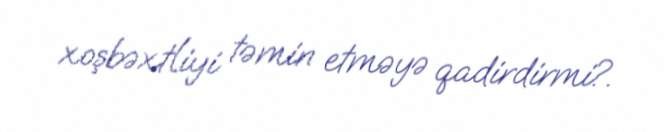
xoşbəxtliyi təmin etməyə qadirdirmi?.